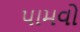
પામવો